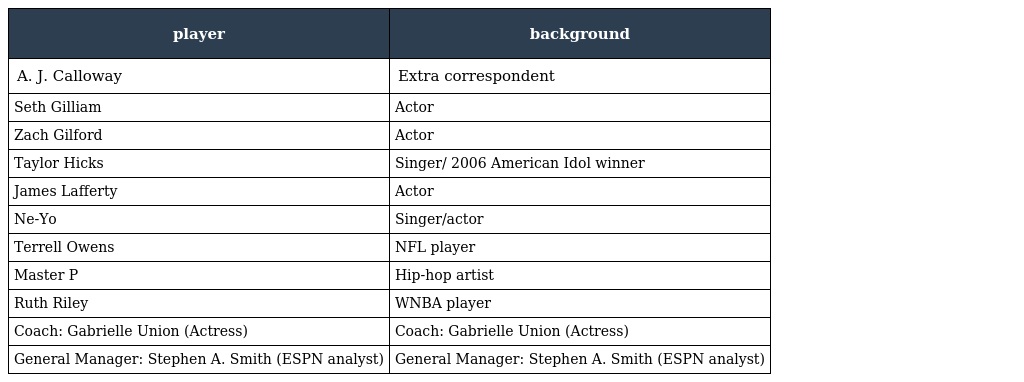
| player | background |
 | --- | --- |
 | A. J. Calloway | Extra correspondent |
 | Seth Gilliam | Actor |
 | Zach Gilford | Actor |
 | Taylor Hicks | Singer/ 2006 American Idol winner |
 | James Lafferty | Actor |
 | Ne-Yo | Singer/actor |
 | Terrell Owens | NFL player |
 | Master P | Hip-hop artist |
 | Ruth Riley | WNBA player |
 | Coach: Gabrielle Union (Actress) | Coach: Gabrielle Union (Actress) |
 | General Manager: Stephen A. Smith (ESPN analyst) | General Manager: Stephen A. Smith (ESPN analyst) |